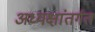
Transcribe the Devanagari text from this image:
अध्यक्षांतर्गत